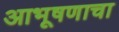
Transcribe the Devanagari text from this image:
आभूषणाचा